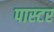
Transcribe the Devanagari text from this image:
पास्‍टर